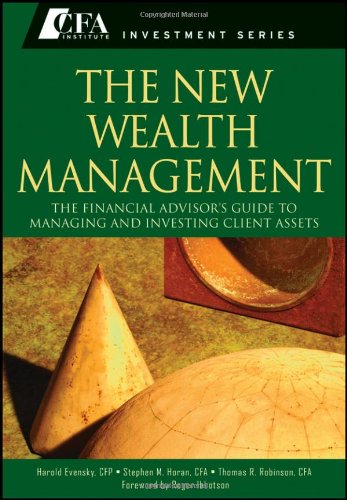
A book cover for The New Wealth Management: The Financial Advisor's Guide to Managing and Investing Client Assets; Harold Evensky; Business & Money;